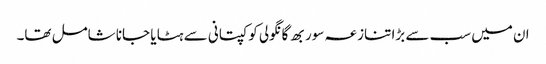
ان میں سب سے بڑا تنازعہ سوربھ گانگولی کو کپتانی سے ہٹا یا جانا شامل تھا۔